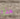
هذا